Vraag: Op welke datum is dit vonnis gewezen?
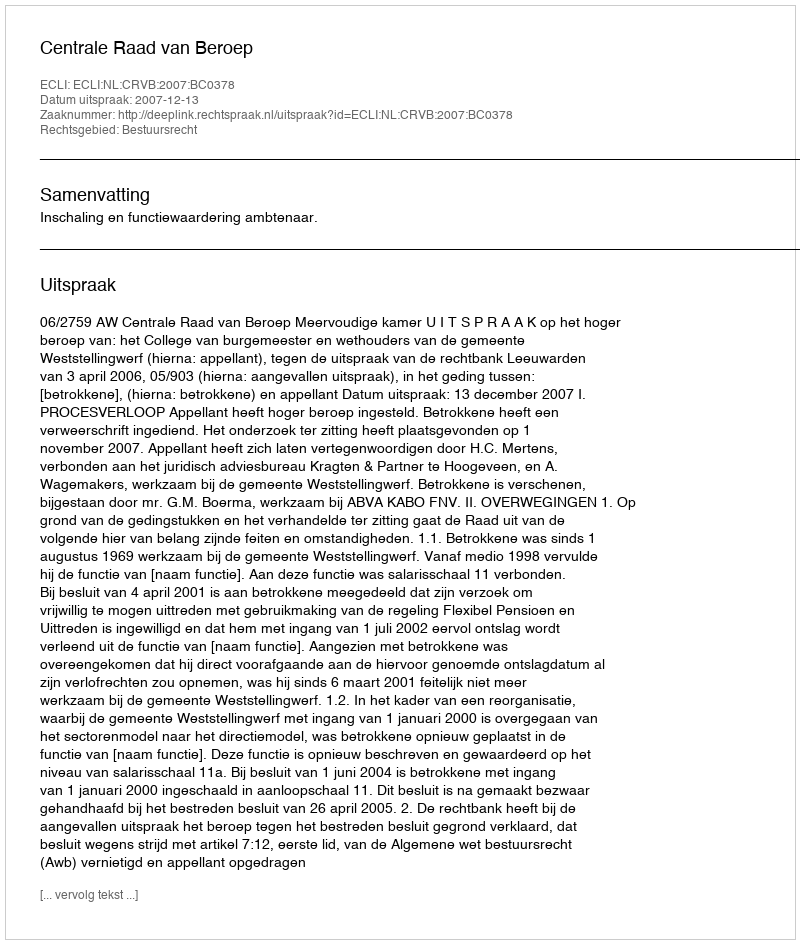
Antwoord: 2007-12-13